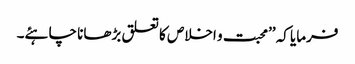
فرمایا کہ ’’محبت و اخلاص کا تعلق بڑھانا چاہئے۔